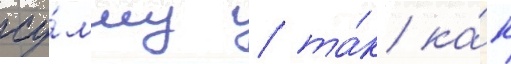
су́мму / та́к ка́к